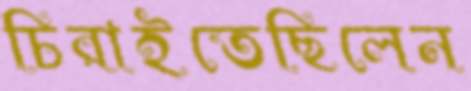
চিরাইতেছিলেন